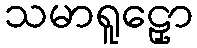
သမာရူဠှော